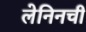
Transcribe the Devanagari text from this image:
लेनिनची